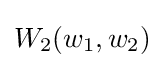
W_{2}(w_{1},w_{2})